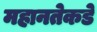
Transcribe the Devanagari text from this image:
महानतेकडे